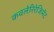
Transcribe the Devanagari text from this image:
कवलेरिरेजिमेंट